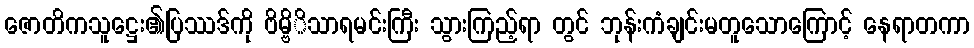
ဇောတိကသူဋ္ဌေး၏ပြဿဒ်ကို ဗိမ္ဗိိသာရမင်းကြီး သွားကြည့်ရာ တွင် ဘုန်းကံချင်းမတူသောကြောင့် နေရာတကာ